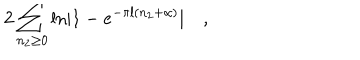
2 \sum _ { n _ { 2 } \ge 0 } \mathrm { l n } | 1 - e ^ { - \pi l ( n _ { 2 } + \alpha ) } | \quad ,